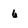
Character: 6